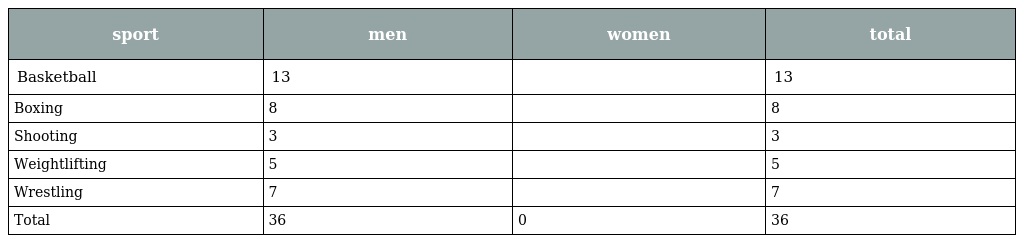
| sport | men | women | total |
 | --- | --- | --- | --- |
 | Basketball | 13 |  | 13 |
 | Boxing | 8 |  | 8 |
 | Shooting | 3 |  | 3 |
 | Weightlifting | 5 |  | 5 |
 | Wrestling | 7 |  | 7 |
 | Total | 36 | 0 | 36 |